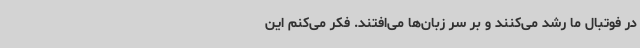
در فوتبال ما رشد می‌کنند و بر سر زبان‌ها می‌افتند. فکر می‌کنم این